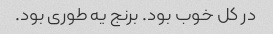
در کل خوب بود. برنج یه طوری بود.